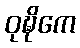
ဝုဍ္ဎိကေ